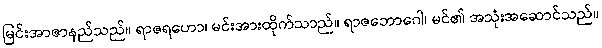
မြင်းအာဇာနည်သည်။ ရာဇရဟော၊ မင်းအားထိုက်သာည်။ ရာဇဘောဂေါ၊ မင်၏ အသုံးအဆောင်သည်။